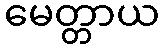
မေတ္တာယ